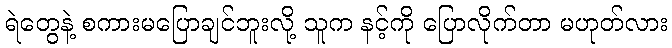
ရဲတွေနဲ့ စကားမပြောချင်ဘူးလို့ သူက နင့်ကို ပြောလိုက်တာ မဟုတ်လား